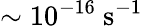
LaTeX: \mathrm{\sim 10^{-16}\ s^{-1}}